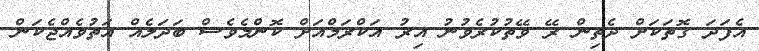
އެފަދަ ގޮތަކަށް ދެތިން ރޭ ވޭތުކުރެވުނު އިރު އަކްރަމްއަށް ކޮންމެވެސް ބަދަލެއް އަތުވެއްޖެކަން